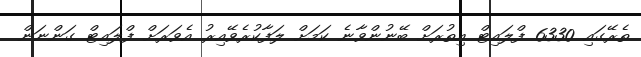
ތެރޭގައި 6330 ފްލައިޓް އިތުރަށް ބޭނުންވާނެ ކަމަށް ލަފާކުރެވޭއިރު އެވަރަށް ފްލައިޓް ގަންނަން